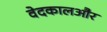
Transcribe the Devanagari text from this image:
वेदकालऔर